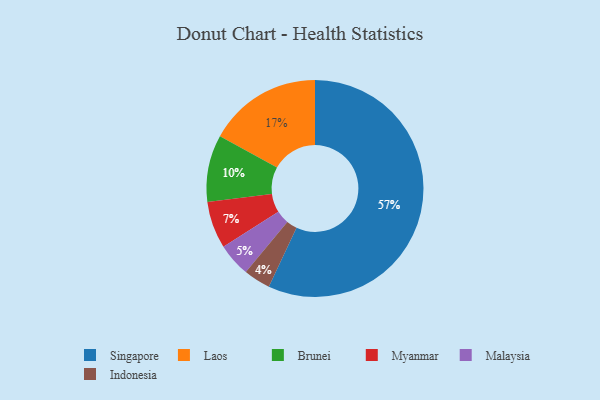
{"axis": {"x": "Category", "y": "Percentage"}, "legend": ["Brunei", "Indonesia", "Laos", "Malaysia", "Myanmar", "Singapore"], "data": [{"x": "Malaysia", "y": 5, "type": "Malaysia"}, {"x": "Singapore", "y": 57, "type": "Singapore"}, {"x": "Indonesia", "y": 4, "type": "Indonesia"}, {"x": "Brunei", "y": 10, "type": "Brunei"}, {"x": "Myanmar", "y": 7, "type": "Myanmar"}, {"x": "Laos", "y": 17, "type": "Laos"}]}